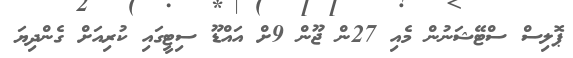
ޕޮލިސް ސްޓޭޝަނުން މެއި 27ން ޖޫން 9ށް އައްޑޫ ސިޓީގައި ކުރިއަށް ގެންދިޔަ